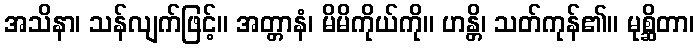
အသိနာ၊ သန်လျက်ဖြင့်။ အတ္တာနံ၊ မိမိကိုယ်ကို။ ဟန္တိ၊ သတ်ကုန်၏။ မုစ္ဆိတာ၊